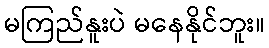
မကြည်နူးပဲ မနေနိုင်ဘူး။